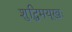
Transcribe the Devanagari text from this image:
शुद्धिमयूखः